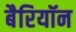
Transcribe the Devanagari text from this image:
बैरियॉन